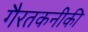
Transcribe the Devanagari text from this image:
गैरतकनीकी